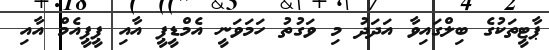
ޕާޓީތަކުގެ ބިލްގައިވާ އަދަދު މި ވަގުތު ހަމަވަނީ އެމްޑީޕީ އާއި ޕީޕީއެމް އާއި